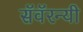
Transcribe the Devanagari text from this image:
सॅवॅरन्यी